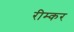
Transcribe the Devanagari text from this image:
रीम्कर